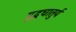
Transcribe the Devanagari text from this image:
यु्द्धचातुर्य